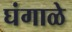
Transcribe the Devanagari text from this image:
घंगाळे